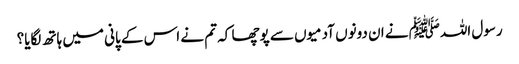
رسول اللہﷺ نے ان دونوں آدمیوں سے پوچھا کہ تم نے اس کے پانی میں ہاتھ لگایا؟